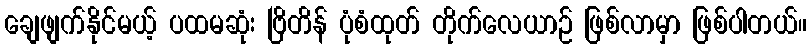
ချေဖျက်နိုင်မယ့် ပထမဆုံး ဗြိတိန် ပုံစံထုတ် တိုက်လေယာဉ် ဖြစ်လာမှာ ဖြစ်ပါတယ်။